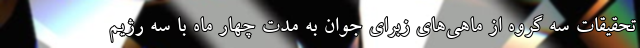
تحقیقات سه گروه از ماهی‌های زبرای جوان به مدت چهار ماه با سه رژیم